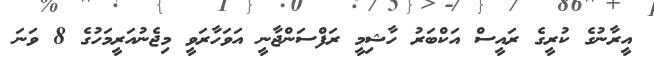
އީރާނުގެ ކުރީގެ ރައީސް އަކްބަރު ހާޝިމީ ރަފްސަންޖާނީ އަވަހާރަވީ މިޖެނުއަރީމަހުގެ 8 ވަނަ